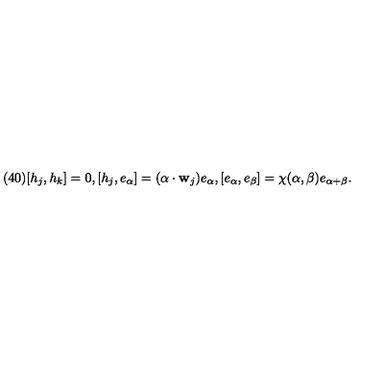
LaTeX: ( 4 0 ) [ h _ { j } , h _ { k } ] = 0 , [ h _ { j } , e _ { \alpha } ] = ( \alpha \cdot { \bf w } _ { j } ) e _ { \alpha } , [ e _ { \alpha } , e _ { \beta } ] = \chi ( \alpha , \beta ) e _ { \alpha + \beta } .